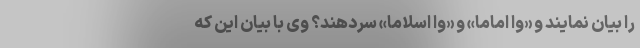
را بیان نمایند و «وا اماما» و «وا اسلاما» سردهند؟ وی با بیان این که